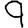
Digit: 9